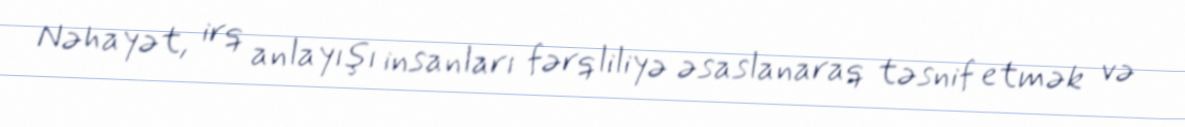
Nəhayət, irq anlayışı insanları fərqliliyə əsaslanaraq təsnif etmək və